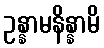
ဥန္နာမနိန္နာမိ